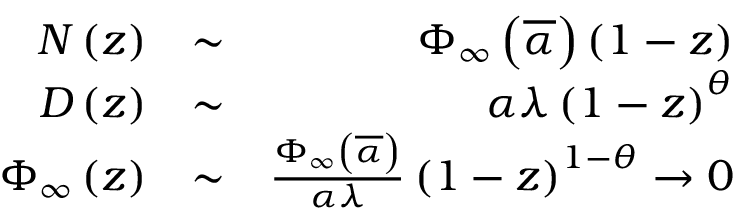
\begin{array} { r l r } { { \cal N } \left( z \right) } & { \sim } & { \Phi _ { \infty } \left( \overline { { \alpha } } \right) \left( 1 - z \right) } \\ { { \cal D } \left( z \right) } & { \sim } & { \alpha \lambda \left( 1 - z \right) ^ { \theta } } \\ { \Phi _ { \infty } \left( z \right) } & { \sim } & { \frac { \Phi _ { \infty } \left( \overline { { \alpha } } \right) } { \alpha \lambda } \left( 1 - z \right) ^ { 1 - \theta } \rightarrow 0 } \end{array}